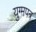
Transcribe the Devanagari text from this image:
युग्मपत्र